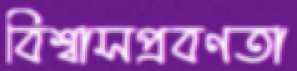
বিশ্বাসপ্রবণতা